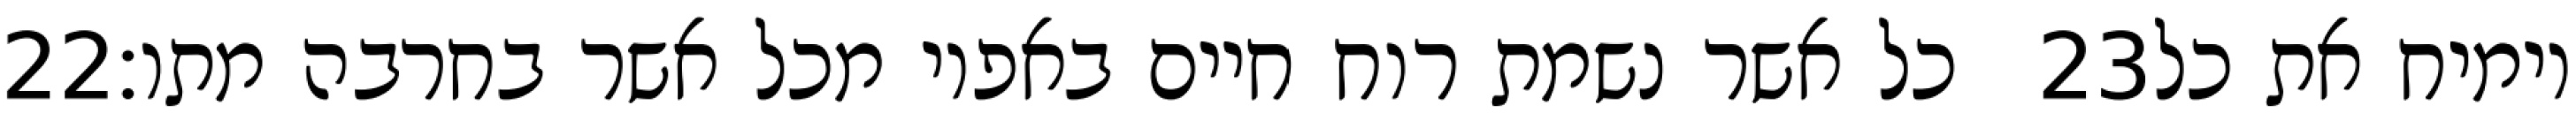
‎22‏ כל אשר נשמת רוח חיים באפיו מכל אשר בחרבה מתו׃ ‎23‏ וימיח את כל